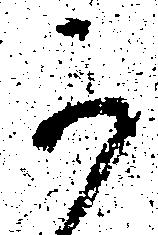
可